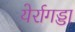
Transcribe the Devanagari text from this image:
येर्रागड्डा